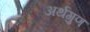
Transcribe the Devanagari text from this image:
अर्थगुण